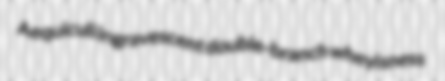
Aequiculi ingravescent double-branch wheyisness